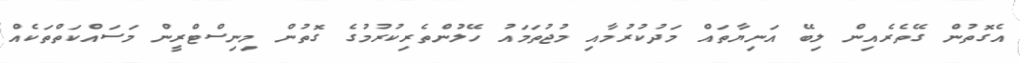
އެގޮތުން ގޭތެރެއިން ލިބޭ އަނިޔާތައް މަދުކުރުމާއި މުޖުތަމައު ހޭލުންތެރިކުރުމުގެ ގޮތުން މިނިސްޓްރީން މަސައްކަތްތަކެއް